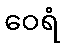
ဝေရံ